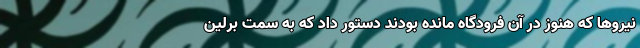
نیروها که هنوز در آن فرودگاه مانده بودند دستور داد که به سمت برلین